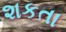
શકતા